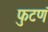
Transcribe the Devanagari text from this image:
फुटणं